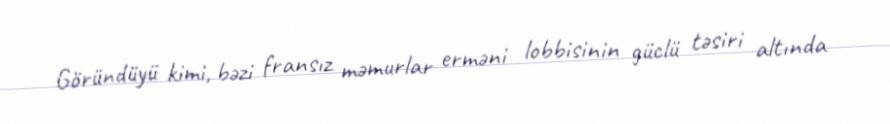
Göründüyü kimi, bəzi fransız məmurlar erməni lobbisinin güclü təsiri altında